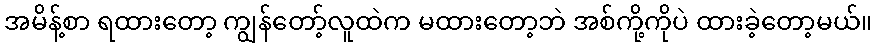
အမိန့်စာ ရထားတော့ ကျွန်တော့်လူထဲက မထားတော့ဘဲ အစ်ကို့ကိုပဲ ထားခဲ့တော့မယ်။